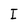
Character: I